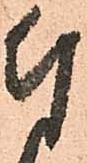
付